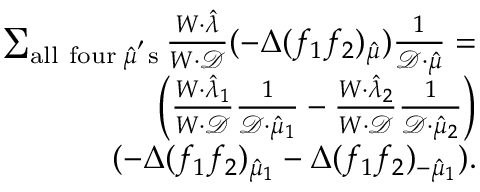
\begin{array} { r l } { \sum _ { \mathrm { a l l ~ f o u r } \; \hat { \mu } ^ { \mathrm { ' } } \mathrm { s } } \frac { W \cdot \hat { \lambda } } { W \cdot \mathcal { D } } ( - \Delta ( f _ { 1 } f _ { 2 } ) _ { \hat { \mu } } ) \frac { 1 } { \mathcal { D } \cdot \hat { \mu } } = } & { } \\ { \left( \frac { W \cdot \hat { \lambda } _ { 1 } } { W \cdot \mathcal { D } } \frac { 1 } { \mathcal { D } \cdot \hat { \mu } _ { 1 } } - \frac { W \cdot \hat { \lambda } _ { 2 } } { W \cdot \mathcal { D } } \frac { 1 } { \mathcal { D } \cdot \hat { \mu } _ { 2 } } \right) } & { } \\ { ( - \Delta ( f _ { 1 } f _ { 2 } ) _ { \hat { \mu } _ { 1 } } - \Delta ( f _ { 1 } f _ { 2 } ) _ { - \hat { \mu } _ { 1 } } ) . } \end{array}